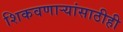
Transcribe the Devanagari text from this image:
शिकवणार्‍यांसाठीही